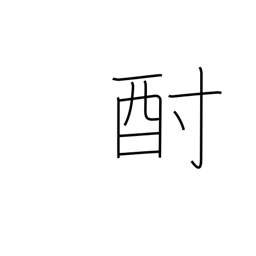
Meaning: sake